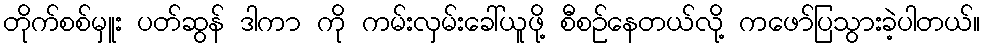
တိုက်စစ်မှူး ပတ်ဆွန် ဒါကာ ကို ကမ်းလှမ်းခေါ်ယူဖို့ စီစဉ်နေတယ်လို့ ကဖော်ပြသွားခဲ့ပါတယ်။